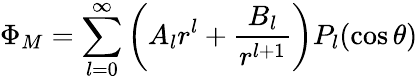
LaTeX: \Phi_{M}=\sum_{l=0}^{\infty}\left(A_{l}r^{l}+{\frac{B_{l}}{r^{l+1}}}\right)P_{l}(\cos\theta)